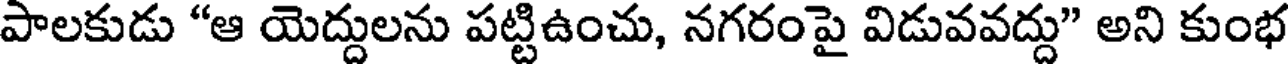
పాలకుడు "ఆ యెద్దులను పట్టిఉంచు, నగరంపై విడువవద్దు" అని కుంభ